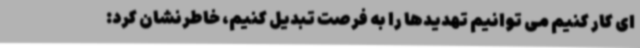
ای کار کنیم می توانیم تهدیدها را به فرصت تبدیل کنیم، خاطرنشان کرد: